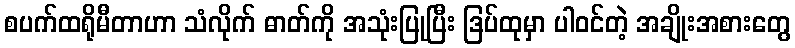
စပက်ထရိုမီတာဟာ သံလိုက် ဓာတ်ကို အသုံးပြုပြီး ဒြပ်ထုမှာ ပါဝင်တဲ့ အချိုးအစားတွေ